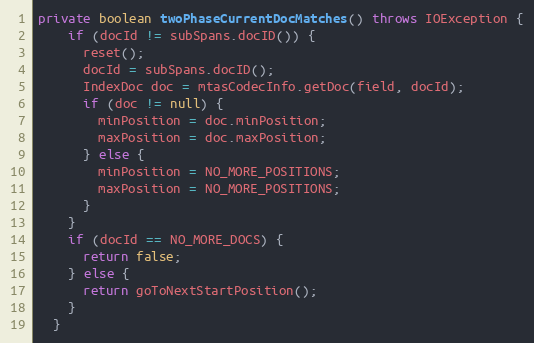
Language: Java
private boolean twoPhaseCurrentDocMatches() throws IOException {
    if (docId != subSpans.docID()) {
      reset();
      docId = subSpans.docID();
      IndexDoc doc = mtasCodecInfo.getDoc(field, docId);
      if (doc != null) {
        minPosition = doc.minPosition;
        maxPosition = doc.maxPosition;
      } else {
        minPosition = NO_MORE_POSITIONS;
        maxPosition = NO_MORE_POSITIONS;
      }
    }
    if (docId == NO_MORE_DOCS) {
      return false;
    } else {
      return goToNextStartPosition();
    }
  }